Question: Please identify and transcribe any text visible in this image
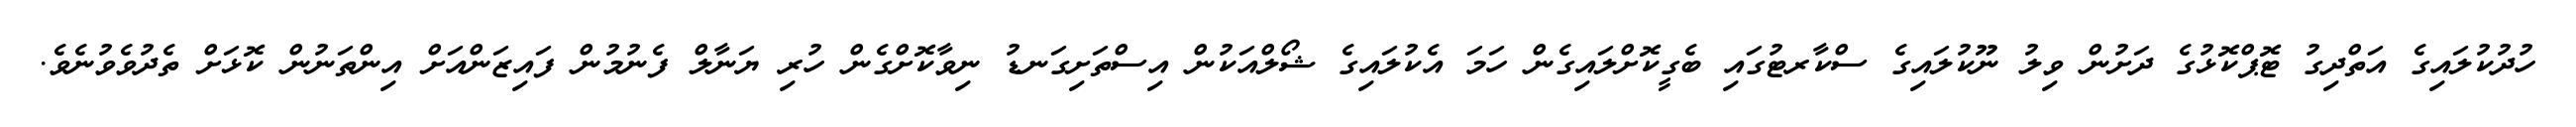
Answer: ހުދުކުލައިގެ އަތްދިގު ޓޮޕްކޮޅުގެ ދަށުން ވިލު ނޫކުލައިގެ ސްކާރޓުގައި ބެގީކޮށްލައިގެން ހަމަ އެކުލައިގެ ޝޯލްއަކުން އިސްތަށިގަނޑު ނިވާކޮށްގެން ހުރި ޔަނާލް ފެނުމުން ފައިޒަންއަށް އިންތަނުން ކޮޅަށް ތެދުވެވުނެވެ.